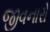
જીવનારો